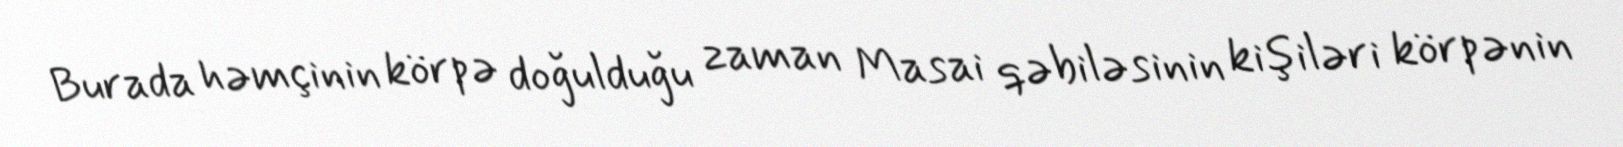
Burada həmçinin körpə doğulduğu zaman Masai qəbiləsinin kişiləri körpənin